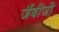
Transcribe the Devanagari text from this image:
जैंबीजी